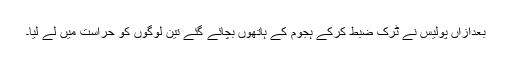
بعدازاں پولیس نے ٹرک ضبط کرکے ہجوم کے ہاتھوں بچائے گئے تین لوگوں کو حراست میں لے لیا۔